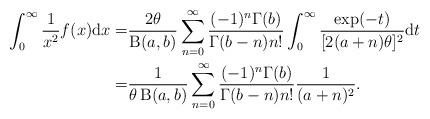
LaTeX: \begin{align*}\int^{\infty}_{0}\frac{1}{x^2} f(x)\mathrm{d}x=&\frac{2\theta}{\operatorname{B}(a,b)}\sum_{n=0}^{\infty}\frac{(-1)^n\Gamma(b)}{\Gamma(b-n)n!}\int^{\infty}_{0}\frac{\exp(-t)}{[2(a+n)\theta]^2}\mathrm{d}t\\=&\frac{1}{\theta\operatorname{B}(a,b)}\sum_{n=0}^{\infty}\frac{(-1)^n\Gamma(b)}{\Gamma(b-n)n!}\frac{1}{(a+n)^2}.\end{align*}